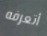
أتعرفه